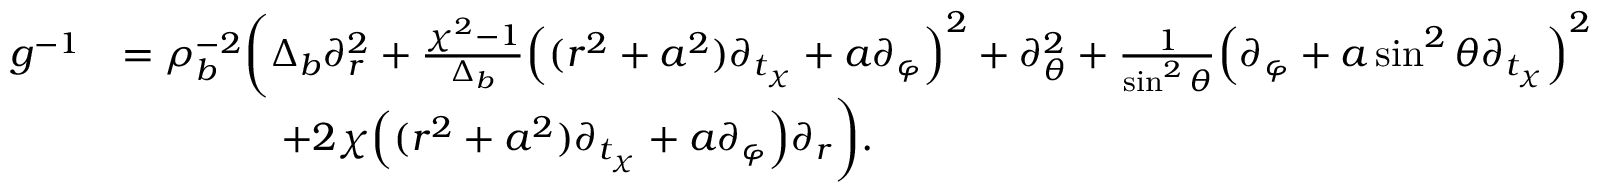
\begin{array} { r l } { g ^ { - 1 } } & { = \rho _ { b } ^ { - 2 } \bigg ( \Delta _ { b } \partial _ { r } ^ { 2 } + \frac { \chi ^ { 2 } - 1 } { \Delta _ { b } } \Big ( ( r ^ { 2 } + a ^ { 2 } ) \partial _ { t _ { \chi } } + a \partial _ { \varphi } \Big ) ^ { 2 } + \partial _ { \theta } ^ { 2 } + \frac { 1 } { \sin ^ { 2 } \theta } \Big ( \partial _ { \varphi } + a \sin ^ { 2 } \theta \partial _ { t _ { \chi } } \Big ) ^ { 2 } } \\ & { \qquad \qquad + 2 \chi \Big ( ( r ^ { 2 } + a ^ { 2 } ) \partial _ { t _ { \chi } } + a \partial _ { \varphi } \Big ) \partial _ { r } \bigg ) . } \end{array}